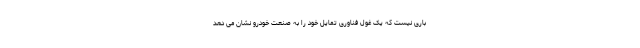
باری نیست که یک غول فناوری تمایل خود را به صنعت خودرو نشان می دهد